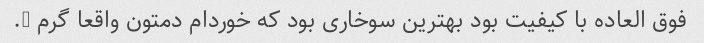
فوق العاده با کیفیت بود بهترین سوخاری بود که خوردام دمتون واقعا گرم ….